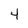
Character: 4